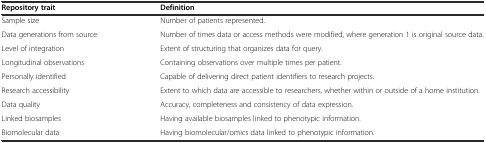
<table><thead><tr><td><b>Repository trait</b></td><td><b>Definition</b></td></tr></thead><tbody><tr><td>Sample size</td><td>Number of patients represented.</td></tr><tr><td>Data generations from source</td><td>Number of times data or access methods were modified, where generation 1 is original source data.</td></tr><tr><td>Level of integration</td><td>Extent of structuring that organizes data for query.</td></tr><tr><td>Longitudinal observations</td><td>Containing observations over multiple times per patient.</td></tr><tr><td>Personally identified</td><td>Capable of delivering direct patient identifiers to research projects.</td></tr><tr><td>Research accessibility</td><td>Extent to which data are accessible to researchers, whether within or outside of a home institution.</td></tr><tr><td>Data quality</td><td>Accuracy, completeness and consistency of data expression.</td></tr><tr><td>Linked biosamples</td><td>Having available biosamples linked to phenotypic information.</td></tr><tr><td>Biomolecular data</td><td>Having biomolecular/omics data linked to phenotypic information.</td></tr></tbody></table>